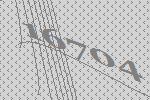
16704